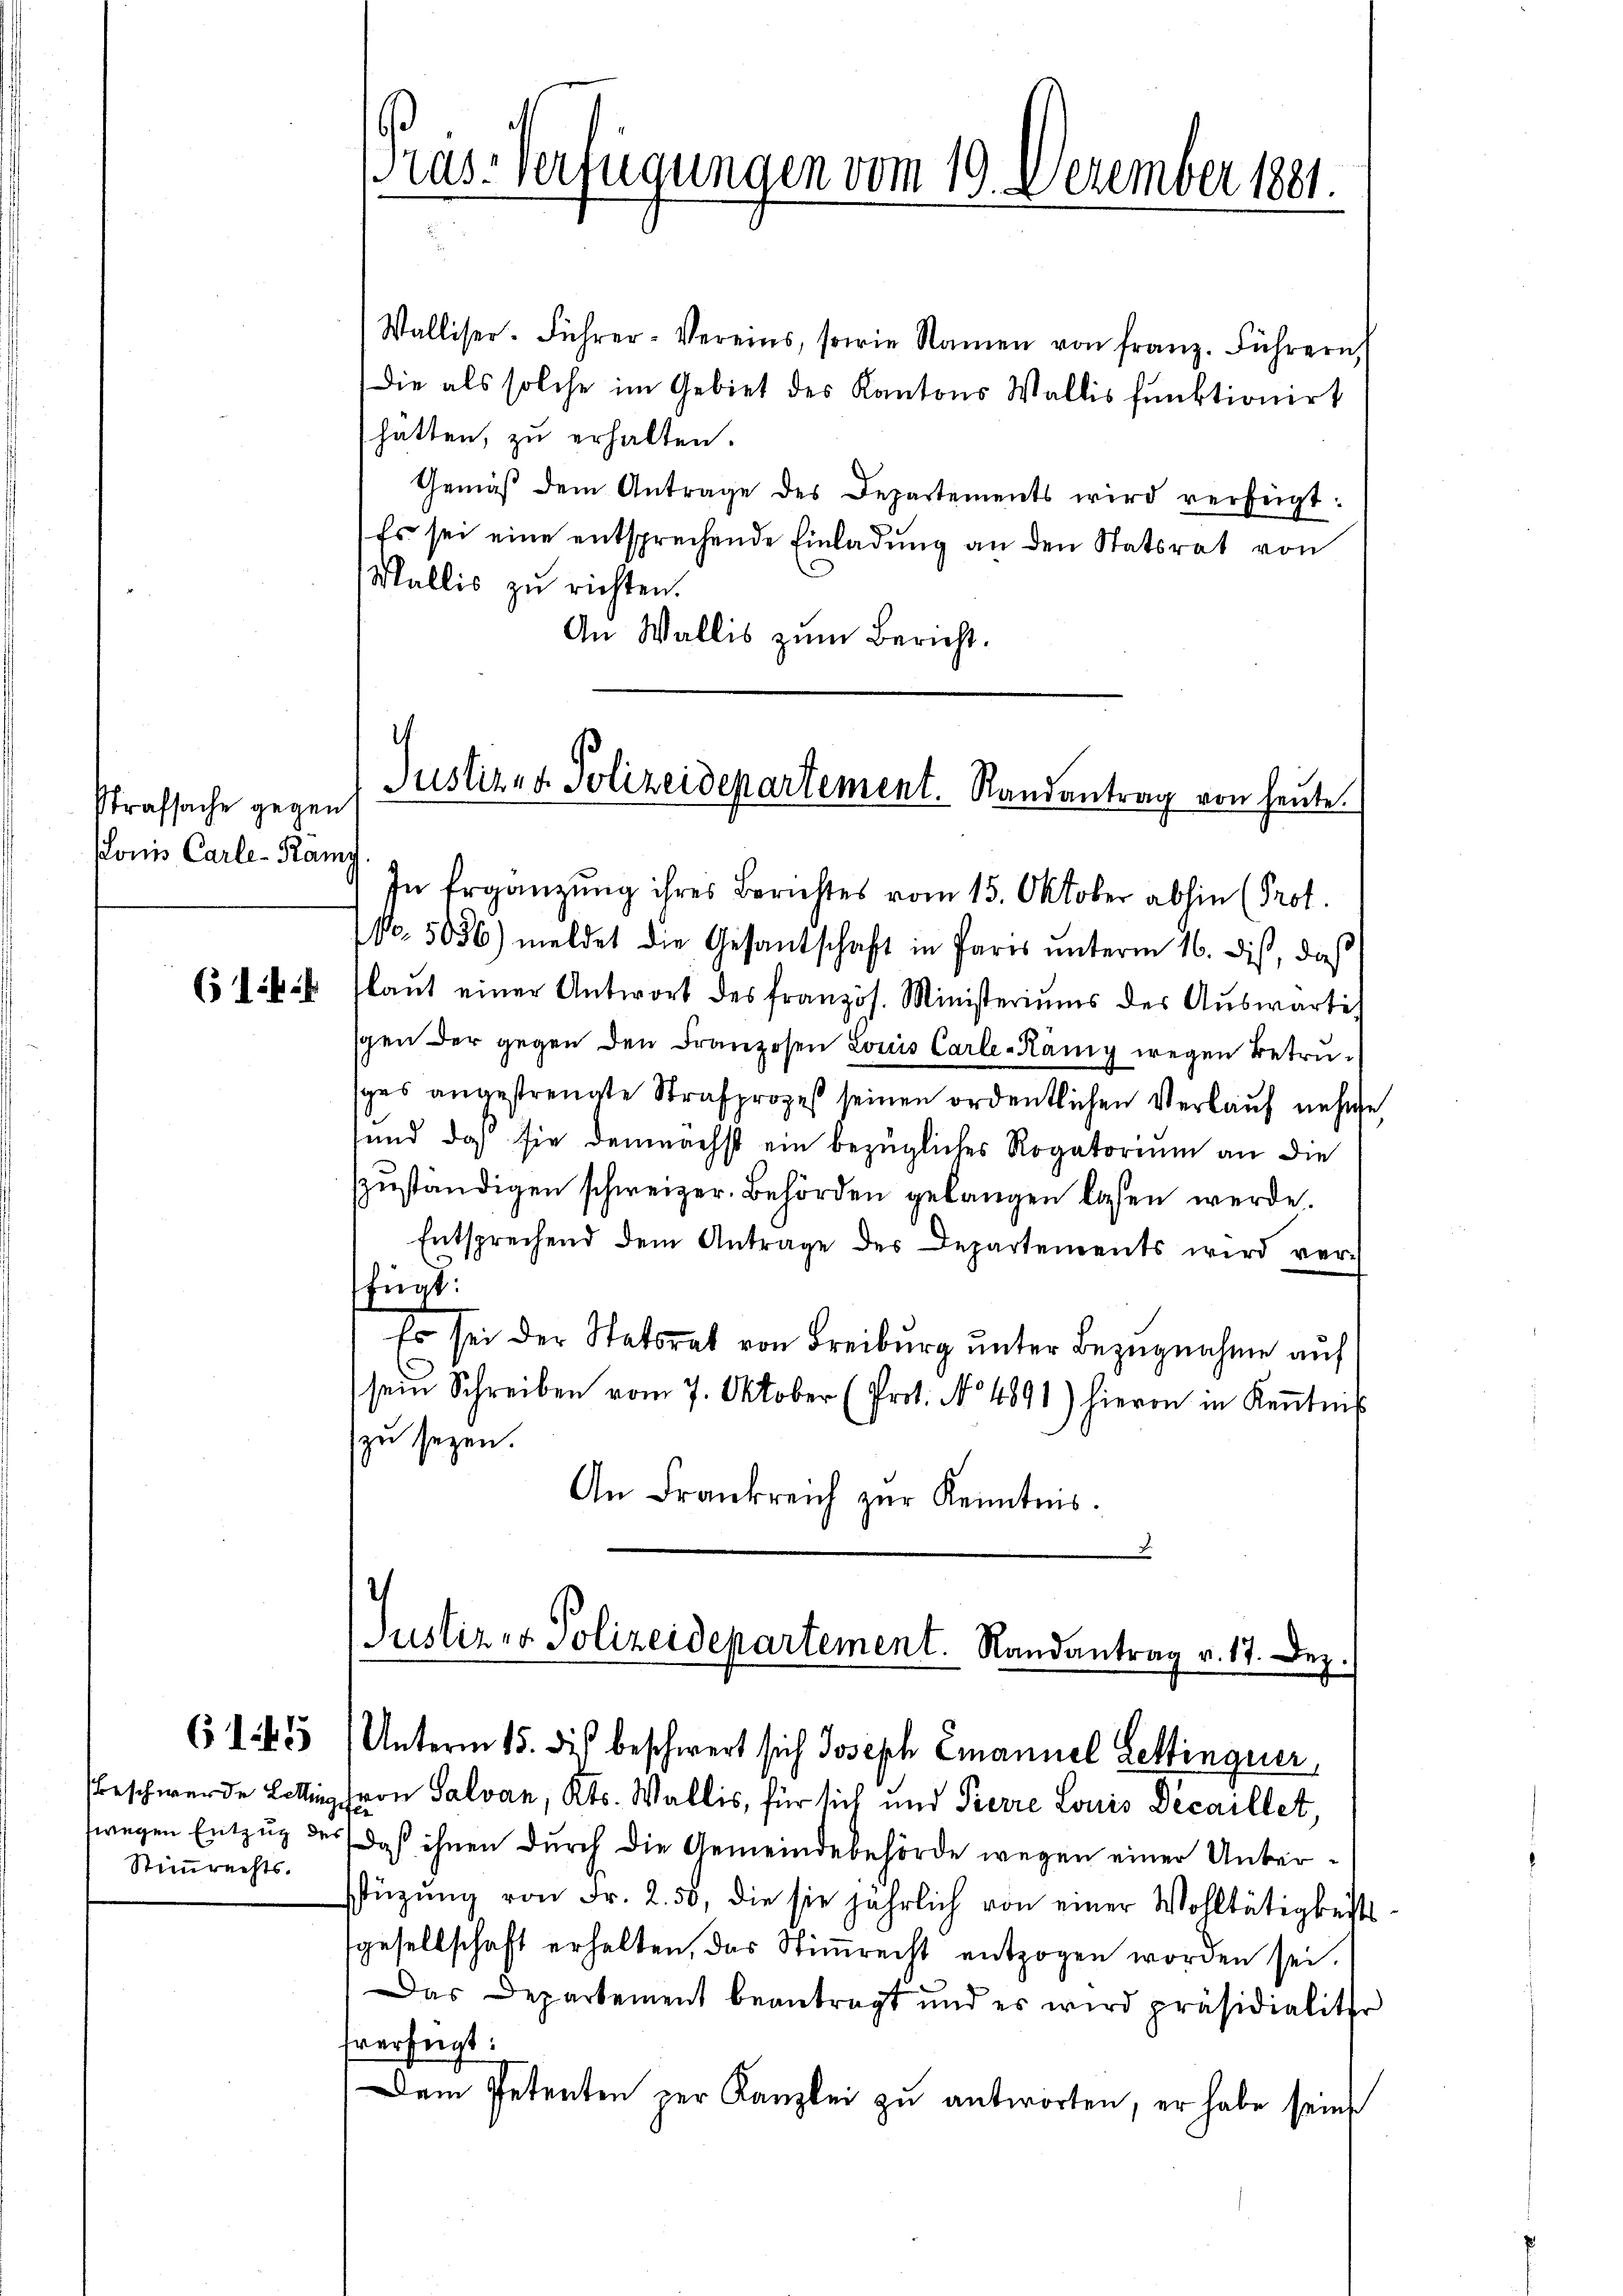
Strafsache gegen
sonis Carle-Rämy

(14.

6145

Beschwerde Letting
Stimmrechts.

Walliser-Führer-Vereins, sowie Namen von Franz. Führern,
die als solche im Gebiet des Kantons Wallis funktionirt
hatten, zu erhalten.
Gemäβ dem Antrage des Departements wird verfügt:
Es sei eine entsprechende Einladung an den Statsrat von
Wallis zu richten.
An Wallis zum Bericht.

ras-Verfügungen vom 19. Dezember 1881.

No. 5036) meldet die Gesantschaft in Paris ŭnterm 16. dis, daß
laŭt einer Antwort des französ. Ministeriums der Aŭswärtig
scen der gegen den Franzosen Louis Carle-Hämig wegen Betruges angestrengte Strafprozeß seinen ordentlichen Verkauf nehme,
sund, daß sie demnächst ein bezügliches Rogatorium an die
szuständigen schweizer. Behörden gelangen lasen werde.
Entsprechend dem Antrage des Departements wird verfügt:
Es sei der Statsrat von Freiburg unter Bezugnahme auf
sein Schreiben vom 7. Oktober (Prot. No 4891) hievon in Kenntnis
zu seyen.
An Frankreich zur Kenntnis.

i
Justiz- & Polizeidepartement. Randantrag von heute.
In Ergänzung ihres Berichtes vom 15. Oktober abhin (Prot.

Justiz- & Polizeidepartement. Randantrag v. 17. Dez.
Unterm 15. dis beschwert sich Joseph Emanuel Lettingener
hron Salvan, Kts. Wallis, für sich und Pierre Louis Decaillet,

wegen Entzug des daß ihnen durch die Gemeindebehörde wegen einer Unterfüzung von Fr. 2. 50, die sie jährlich von einer Wohltätigkeits
sgesellschaft erhalten, das Stimmrecht entzogen worden sei.
Das Departement beantragt und es wird präsidialiter
fverfügt:
Dem Petenten zur Kanzlei zu antworten, er habe seine